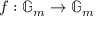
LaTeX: f : \mathbb { G } _ { m } \to \mathbb { G } _ { m }